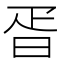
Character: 𣆁